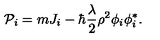
{ \cal P } _ { i } = m J _ { i } - \hbar { \frac { \lambda } { 2 } } \rho ^ { 2 } \phi _ { i } \phi _ { i } ^ { * } .